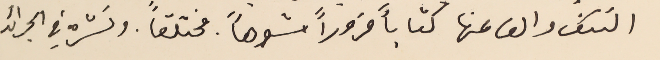
النتف والف عنها كتاباً مزوراً مشوهاً مختلفاً . ونشره في الجرائد